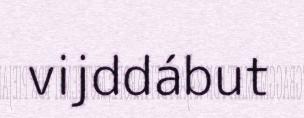
vijddábut